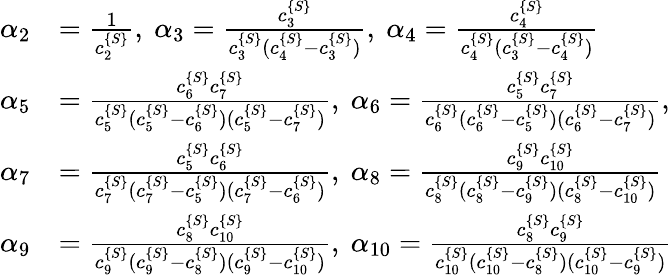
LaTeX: \begin{array}{rl}{\alpha_{2}}&{=\frac{1}{c_{2}^{\{ S\} }},\ \alpha_{3}=\frac{c_{3}^{\{ S\} }}{c_{3}^{\{ S\} }(c_{4}^{\{ S\} }-c_{3}^{\{ S\} })},\ \alpha_{4}=\frac{c_{4}^{\{ S\} }}{c_{4}^{\{ S\} }(c_{3}^{\{ S\} }-c_{4}^{\{ S\} })}}\\ {\alpha_{5}}&{=\frac{c_{6}^{\{ S\} }c_{7}^{\{ S\} }}{c_{5}^{\{ S\} }(c_{5}^{\{ S\} }-c_{6}^{\{ S\} })(c_{5}^{\{ S\} }-c_{7}^{\{ S\} })},\ \alpha_{6}=\frac{c_{5}^{\{ S\} }c_{7}^{\{ S\} }}{c_{6}^{\{ S\} }(c_{6}^{\{ S\} }-c_{5}^{\{ S\} })(c_{6}^{\{ S\} }-c_{7}^{\{ S\} })},}\\ {\alpha_{7}}&{=\frac{c_{5}^{\{ S\} }c_{6}^{\{ S\} }}{c_{7}^{\{ S\} }(c_{7}^{\{ S\} }-c_{5}^{\{ S\} })(c_{7}^{\{ S\} }-c_{6}^{\{ S\} })},\ \alpha_{8}=\frac{c_{9}^{\{ S\} }c_{10}^{\{ S\} }}{c_{8}^{\{ S\} }(c_{8}^{\{ S\} }-c_{9}^{\{ S\} })(c_{8}^{\{ S\} }-c_{10}^{\{ S\} })}}\\ {\alpha_{9}}&{=\frac{c_{8}^{\{ S\} }c_{10}^{\{ S\} }}{c_{9}^{\{ S\} }(c_{9}^{\{ S\} }-c_{8}^{\{ S\} })(c_{9}^{\{ S\} }-c_{10}^{\{ S\} })},\ \alpha_{10}=\frac{c_{8}^{\{ S\} }c_{9}^{\{ S\} }}{c_{10}^{\{ S\} }(c_{10}^{\{ S\} }-c_{8}^{\{ S\} })(c_{10}^{\{ S\} }-c_{9}^{\{ S\} })}}\end{array}